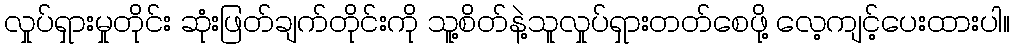
လှုပ်ရှားမှုတိုင်း ဆုံးဖြတ်ချက်တိုင်းကို သူ့စိတ်နဲ့သူလှုပ်ရှားတတ်စေဖို့ လေ့ကျင့်ပေးထားပါ။